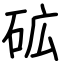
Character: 砿